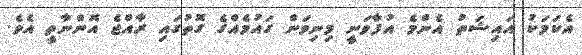
އެކަމަކު އައިޝަތު އެންމެ އުފާވަނީ މިނިވަން ގައުމެއްގެ ގޮތުގައި ރާއްޖެ އޮންނާތީ އެވެ.